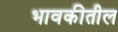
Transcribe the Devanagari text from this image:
भावकीतील